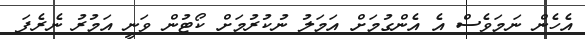
އެހެން ނަމަވެސް އެ އެންގުމަށް އަމަލު ނުކުރުމަށް ކޯޓުން ވަނީ އަމުރު ނެރެފަ